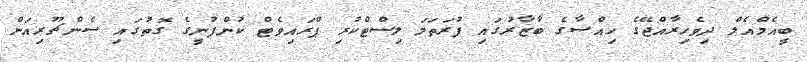
ބީއެމްއެލް ދިވެހިރާއްޖޭގެ ހިއްސާގެ ބާޒާރުގައި ފުރަތަމަ ލިސްޓްކުރި ޕްރައިވެޓް ކުންފުނީގެ ގޮތުގައި ސެންޗޫރިއަން